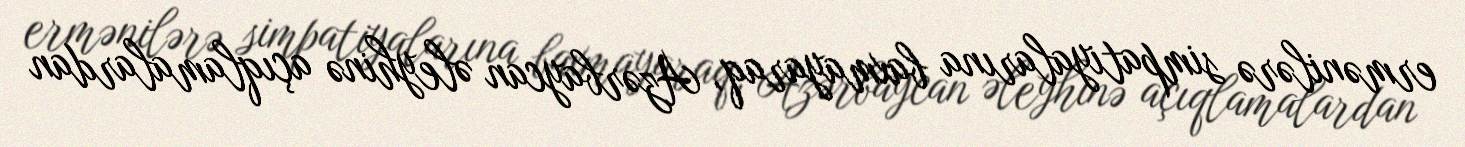
ermənilərə simpatiyalarına baxmayaraq, Azərbaycan əleyhinə açıqlamalardan